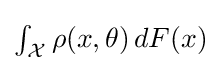
{\textstyle \int _{\mathcal {X}}\rho (x,\theta )\,dF(x)}